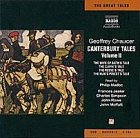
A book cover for The Canterbury Tales, Vol. 2; Romance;